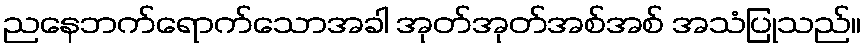
ညနေဘက်ရောက်သောအခါ အုတ်အုတ်အစ်အစ် အသံပြုသည်။